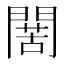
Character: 𮤙